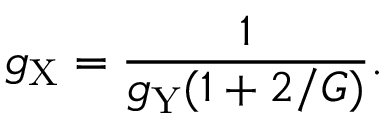
g _ { \mathrm { X } } = \frac { 1 } { g _ { \mathrm { Y } } ( 1 + 2 / G ) } .